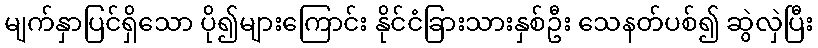
မျက်နှာပြင်ရှိသော ပို၍များကြောင်း နိုင်ငံခြားသားနှစ်ဦး သေနတ်ပစ်၍ ဆွဲလှဲပြီး